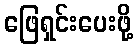
ဖြေရှင်းပေးဖို့